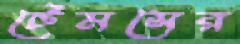
টেমসের